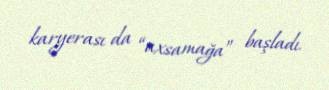
karyerası da “axsamağa” başladı.